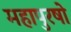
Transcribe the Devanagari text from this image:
महापुरषो